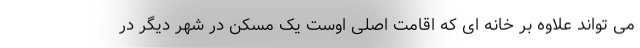
می تواند علاوه بر خانه ای که اقامت اصلی اوست یک مسکن در شهر دیگر در